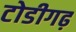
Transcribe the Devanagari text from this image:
टोडीगढ़